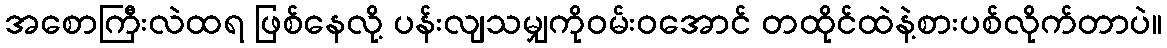
အစောကြီးလဲထရ ဖြစ်နေလို့ ပန်းလျသမျှကိုဝမ်းဝအောင် တထိုင်ထဲနဲ့စားပစ်လိုက်တာပဲ။